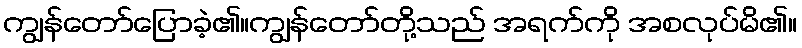
ကျွန်တော်ပြောခဲ့၏။ကျွန်တော်တို့သည် အရက်ကို အစလုပ်မိ၏။